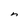
Character: n